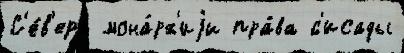
С'е́в'ера мона́рх'иjи пра́ва ́с'исады